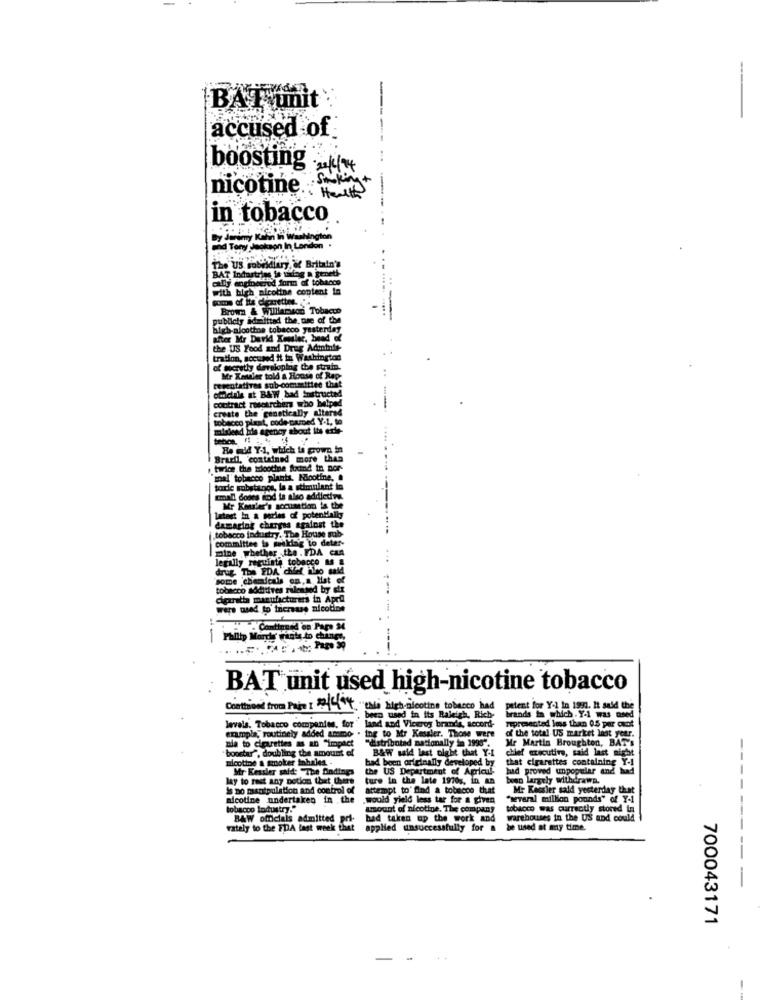
-
BAT unit
accused of
boosting 44
nicotine Sky+
Health
in tobacco
By 4
ny Kalin In Washington
mid Tomy Jackson In London
The US sobriditry & Britain's
BAT Indastring is vafag a geneti-
cally engineered form of tobacco
with high nicotine content in
Brown & Williamsos Tobacco
publicly admitted the use of the
high-nicotine tobacco yesterday
after Mr Darid Kousler, bead of
the US Food and Drug Adintole-
tration, accused it in Washington
of meritly developing the strain.
Mr Kentaler told a House of Rap
cercatativas sub-committee think
oficiais at BAW bad Instructed
contract researchers who helped
create the genetically altered
tobacco plaat, code-named Y-1, to
mislead fils agency about its erte-
Ho wald Y-1, which is grown in
Brasil, 'contained more than
twice the wdootine foxind in nor-
mal tobacco plants, Hootine, .
torle substance, la a stimulant in
cmall dodes mod ta also addictive.
Mr Kansler's socuestion ta the
latest In a pories of potenMally
damaging charges against the
tobacco industry. The House sub-
committee & making to deter-
legally requinte tobacco & a
drug The EDA chi
some chemicals on,a Hat of
tobacco additives released by six
were used to increase nicotine
. Continued on Pape
--
Falltp Mords Was
--
BAT unit used high-nicotine tobacco
Conthood from Page : 2/4/94
"tale high-nicotine tobacco ha
patent for Yol in 1990. It said the
levels. Tobacco companies, for
been used
beco used in its Raleigh, Rich-
land and Viceroy brands, accord-
brands in which . Y-1 was used
represented less than 0.5 per cent
example, routinely added ammo . ing to Mr Kessler. Those were
of the total US market last year.
nia to cigarettes as an "impact
"distributed nationally im 2990".
Mr Martin Broughton, BA
"booster", doubling the amount of
B&W said last night that Y-1
chief executive, said last mit
-
the US Department of Agricul-
d been arteinally developed by
that cigarettes containing Y-1
lay to rest any potin that there
ture In the late 1970%. in an
boun largely withdrawn.
Is no manipulation and control of
attempt to find a tobacco that
Mr Kessler sald yesterday that
nicotine undertaken in the
.would yield less tar for a given
"several million pounds" of Y-1
tobacco lodustry."
Inount of nicotine. The company
tobacco was currently stored in
BAW officials admitted P
had taken up the work and
warehouses in the US and could
Fately to the FDA last week
applied unsuccessfully for
be used at my time.
700043171